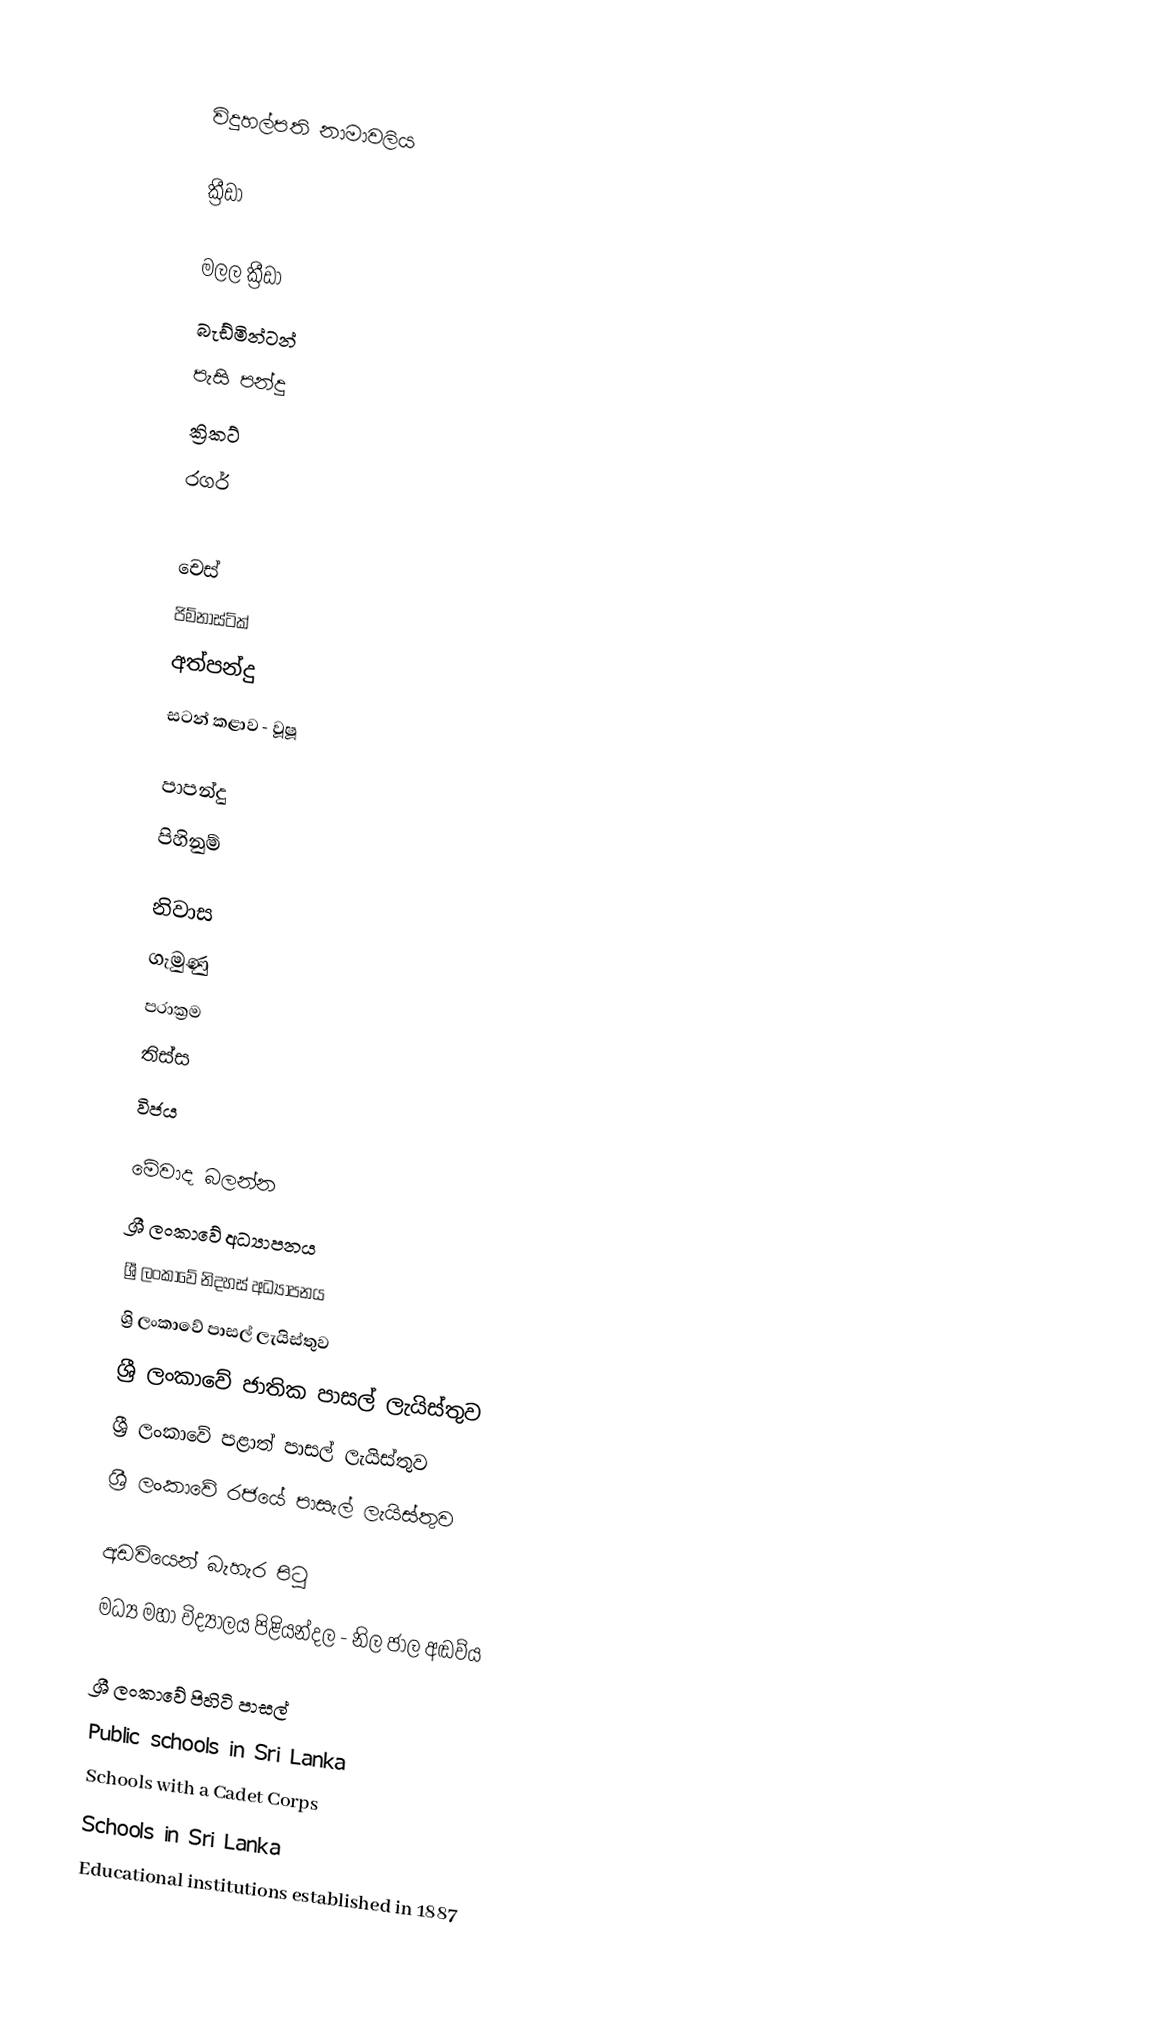

විදුහල්පති නාමාවලිය

ක්‍රීඩා

 මලල ක්‍රීඩා
 බැඩ්මින්ටන්
 පැසි පන්දු
 ක්‍රිකට්
 රගර්

 චෙස්
 ජිම්නාස්ටික්
 අත්පන්දු
සටන් කළාව -  වූෂූ

 පාපන්දු
 පිහිනුම්

නිවාස
ගැමුණු
පරාක්‍රම
තිස්ස
විජය

මේවාද බලන්න
 ශ්‍රී ලංකාවේ අධ්‍යාපනය
 ශ්‍රී ලංකාවේ නිදහස් අධ්‍යාපනය
 ශ්‍රි ලංකාවේ පාසල් ලැයිස්තුව
 ශ්‍රී ලංකාවේ ජාතික පාසල් ලැයිස්තුව
 ශ්‍රී ලංකාවේ පළාත් පාසල් ලැයිස්තුව
 ශ්‍රී ලංකාවේ රජයේ පාසැල් ලැයිස්තුව

අඩවියෙන් බැහැර පිටු
මධ්‍ය මහා විද්‍යාලය පිළියන්දල - නිල ජාල අඬව්ය

ශ්‍රී ලංකාවේ පිහිටි පාසල්
Public schools in Sri Lanka
Schools with a Cadet Corps
Schools in Sri Lanka
Educational institutions established in 1887